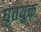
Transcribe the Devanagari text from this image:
घृतयुक्त